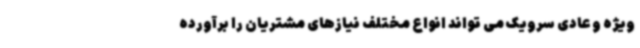
ویژه و عادی سرویک می تواند انواع مختلف نیازهای مشتریان را برآورده